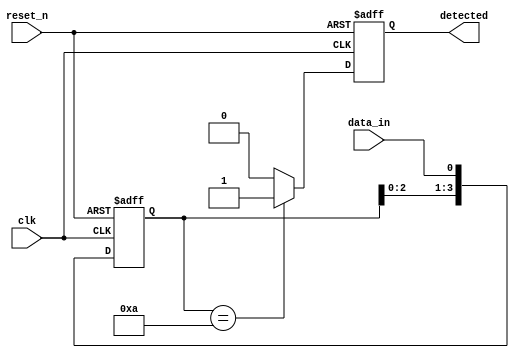
module pattern_detector #(
    parameter PATTERN_WIDTH = 4 // Width of the pattern to be detected
)(
    input wire clk,               // Clock signal
    input wire reset_n,           // Active low reset signal
    input wire data_in,           // Input data stream
    output reg detected           // Output detection signal
);
    // Internal signals
    reg [PATTERN_WIDTH-1:0] shift_reg; // Shift register to hold the input values
    reg [PATTERN_WIDTH-1:0] pattern = 4'b1010; // Predefined pattern to detect (change as needed)

    // Shift Register Logic
    always @(posedge clk or negedge reset_n) begin
        if (!reset_n) begin
            // Reset the shift register
            shift_reg <= 0;
            detected <= 0;
        end else begin
            // Shift in the current data
            shift_reg <= {shift_reg[PATTERN_WIDTH-2:0], data_in};

            // Pattern Detection Logic
            if (shift_reg == pattern) begin
                detected <= 1'b1; // Set detected signal high if pattern is matched
            end else begin
                detected <= 1'b0; // Clear detected signal if pattern does not match
            end
        end
    end
endmodule